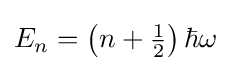
E_{n}=\left(n+{\tfrac {1}{2}}\right)\hbar \omega ~